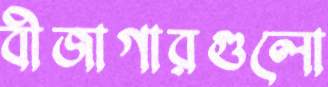
বীজাগারগুলো